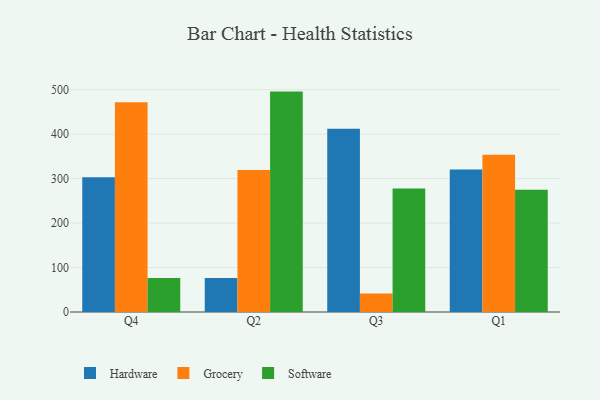
{"axis": {"x": "Quarter", "y": "Satisfaction Score"}, "legend": ["Grocery", "Hardware", "Software"], "data": [{"x": "Q4", "y": 303.3, "type": "Hardware"}, {"x": "Q4", "y": 471.9, "type": "Grocery"}, {"x": "Q4", "y": 76.6, "type": "Software"}, {"x": "Q2", "y": 76.6, "type": "Hardware"}, {"x": "Q2", "y": 319.1, "type": "Grocery"}, {"x": "Q2", "y": 495.7, "type": "Software"}, {"x": "Q3", "y": 412.4, "type": "Hardware"}, {"x": "Q3", "y": 41.4, "type": "Grocery"}, {"x": "Q3", "y": 278.0, "type": "Software"}, {"x": "Q1", "y": 320.5, "type": "Hardware"}, {"x": "Q1", "y": 353.5, "type": "Grocery"}, {"x": "Q1", "y": 275.2, "type": "Software"}]}